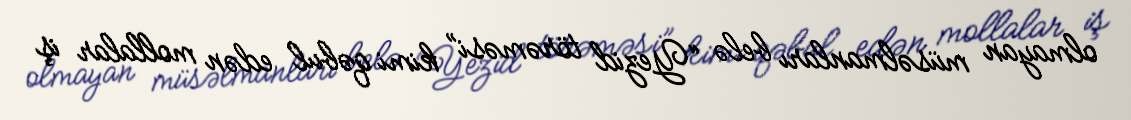
olmayan müsəlmanları belə “Yezid törəməsi” kimi qəbul edən mollalar iş